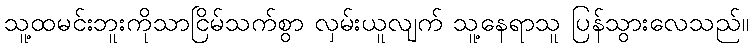
သူ့ထမင်းဘူးကိုသာငြိမ်သက်စွာ လှမ်းယူလျက် သူ့နေရာသူ ပြန်သွားလေသည်။